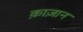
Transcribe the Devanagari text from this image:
क़ाज़ान